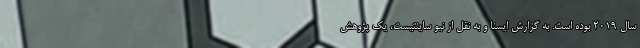
سال ۲۰۱۹ بوده است. به گزارش ایسنا و به نقل از نیو ساینتیست، یک پژوهش